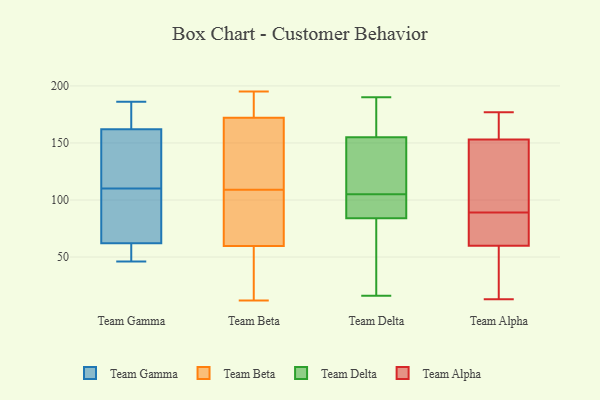
{"axis": {"x": "Backlog", "y": "Value"}, "legend": ["Team Alpha", "Team Beta", "Team Delta", "Team Gamma"], "data": [{"x": "", "y": 186, "type": "Team Gamma"}, {"x": "", "y": 162, "type": "Team Gamma"}, {"x": "", "y": 52, "type": "Team Gamma"}, {"x": "", "y": 183, "type": "Team Gamma"}, {"x": "", "y": 150, "type": "Team Gamma"}, {"x": "", "y": 73, "type": "Team Gamma"}, {"x": "", "y": 88, "type": "Team Gamma"}, {"x": "", "y": 132, "type": "Team Gamma"}, {"x": "", "y": 46, "type": "Team Gamma"}, {"x": "", "y": 62, "type": "Team Gamma"}, {"x": "", "y": 83, "type": "Team Beta"}, {"x": "", "y": 178, "type": "Team Beta"}, {"x": "", "y": 12, "type": "Team Beta"}, {"x": "", "y": 83, "type": "Team Beta"}, {"x": "", "y": 109, "type": "Team Beta"}, {"x": "", "y": 121, "type": "Team Beta"}, {"x": "", "y": 28, "type": "Team Beta"}, {"x": "", "y": 195, "type": "Team Beta"}, {"x": "", "y": 154, "type": "Team Beta"}, {"x": "", "y": 52, "type": "Team Beta"}, {"x": "", "y": 184, "type": "Team Beta"}, {"x": "", "y": 101, "type": "Team Delta"}, {"x": "", "y": 93, "type": "Team Delta"}, {"x": "", "y": 95, "type": "Team Delta"}, {"x": "", "y": 109, "type": "Team Delta"}, {"x": "", "y": 16, "type": "Team Delta"}, {"x": "", "y": 155, "type": "Team Delta"}, {"x": "", "y": 190, "type": "Team Delta"}, {"x": "", "y": 110, "type": "Team Delta"}, {"x": "", "y": 84, "type": "Team Delta"}, {"x": "", "y": 25, "type": "Team Delta"}, {"x": "", "y": 157, "type": "Team Delta"}, {"x": "", "y": 54, "type": "Team Delta"}, {"x": "", "y": 128, "type": "Team Delta"}, {"x": "", "y": 172, "type": "Team Delta"}, {"x": "", "y": 177, "type": "Team Alpha"}, {"x": "", "y": 104, "type": "Team Alpha"}, {"x": "", "y": 89, "type": "Team Alpha"}, {"x": "", "y": 13, "type": "Team Alpha"}, {"x": "", "y": 51, "type": "Team Alpha"}, {"x": "", "y": 165, "type": "Team Alpha"}, {"x": "", "y": 149, "type": "Team Alpha"}, {"x": "", "y": 176, "type": "Team Alpha"}, {"x": "", "y": 63, "type": "Team Alpha"}, {"x": "", "y": 64, "type": "Team Alpha"}, {"x": "", "y": 42, "type": "Team Alpha"}, {"x": "", "y": 140, "type": "Team Alpha"}, {"x": "", "y": 68, "type": "Team Alpha"}]}